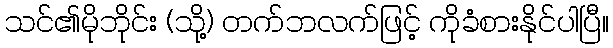
သင်၏မိုဘိုင်း (သို့) တက်ဘလက်ဖြင့် ကိုခံစားနိုင်ပါပြီ။